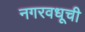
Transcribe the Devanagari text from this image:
नगरवधूची